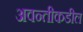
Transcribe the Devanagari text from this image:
अवन्तीकडील